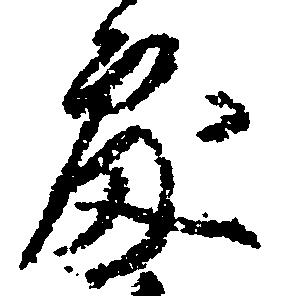
処